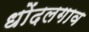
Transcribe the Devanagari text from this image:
धोंदलगाव